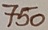
Text: 750